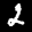
Label: 2